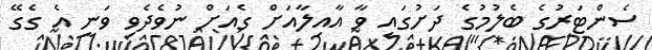
ސެންޓަރުގެ ބެލުމުގެ ދަށުގައި ވާ އާއިލާއަށް ގެއަށް ނުވެދެވި ވަނީ އެ ގެގޭ